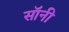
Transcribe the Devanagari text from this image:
सॉनी